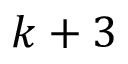
k + 3